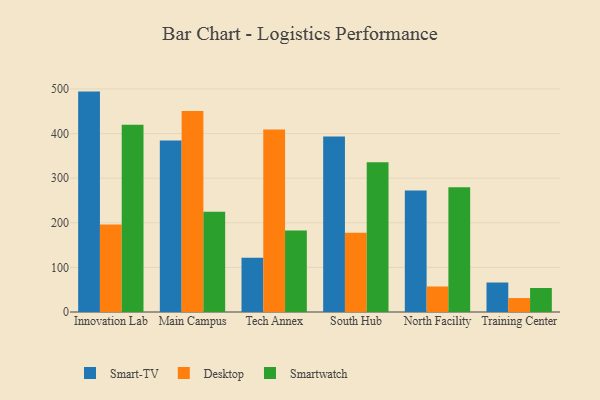
{"axis": {"x": "Campus", "y": "Energy Usage (MWh)"}, "legend": ["Desktop", "Smart-TV", "Smartwatch"], "data": [{"x": "Innovation Lab", "y": 494.1, "type": "Smart-TV"}, {"x": "Innovation Lab", "y": 196.0, "type": "Desktop"}, {"x": "Innovation Lab", "y": 419.7, "type": "Smartwatch"}, {"x": "Main Campus", "y": 384.2, "type": "Smart-TV"}, {"x": "Main Campus", "y": 450.4, "type": "Desktop"}, {"x": "Main Campus", "y": 224.5, "type": "Smartwatch"}, {"x": "Tech Annex", "y": 121.8, "type": "Smart-TV"}, {"x": "Tech Annex", "y": 409.4, "type": "Desktop"}, {"x": "Tech Annex", "y": 182.6, "type": "Smartwatch"}, {"x": "South Hub", "y": 393.5, "type": "Smart-TV"}, {"x": "South Hub", "y": 177.8, "type": "Desktop"}, {"x": "South Hub", "y": 335.5, "type": "Smartwatch"}, {"x": "North Facility", "y": 272.6, "type": "Smart-TV"}, {"x": "North Facility", "y": 57.2, "type": "Desktop"}, {"x": "North Facility", "y": 279.9, "type": "Smartwatch"}, {"x": "Training Center", "y": 66.1, "type": "Smart-TV"}, {"x": "Training Center", "y": 31.2, "type": "Desktop"}, {"x": "Training Center", "y": 53.8, "type": "Smartwatch"}]}